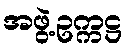
အဖွဲ့ဥက္ကဋ္ဌ